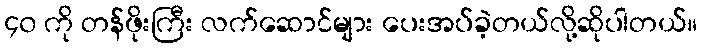
၄၀ ကို တန်ဖိုးကြီး လက်ဆောင်များ ပေးအပ်ခဲ့တယ်လို့ဆိုပါတယ်။